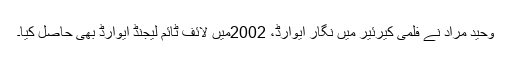
وحید مراد نے فلمی کیرئیر میں نگار ایوارڈ، 2002میں لائف ٹائم لیجنڈ ایوارڈ بھی حاصل کیا۔